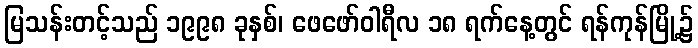
မြသန်းတင့်သည် ၁၉၉၈ ခုနှစ်၊ ဖေဖော်ဝါရီလ ၁၈ ရက်နေ့တွင် ရန်ကုန်မြို့၌